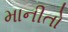
માનીતો